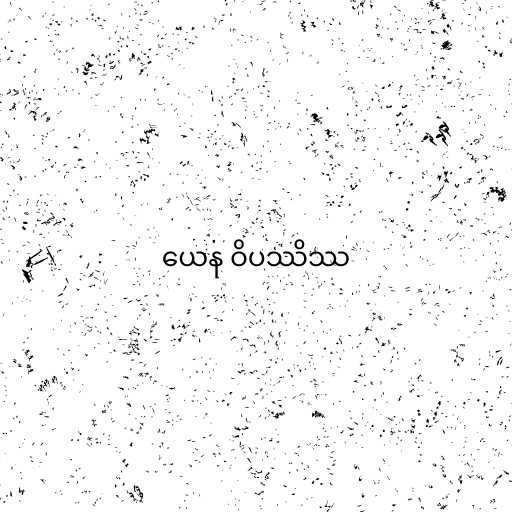
ယေန ဝိပဿိဿ